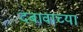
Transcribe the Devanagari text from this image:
दबावाच्या